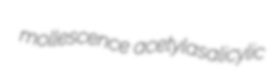
mollescence acetylasalicylic